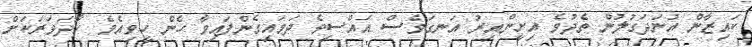
ކައިޒާން އުނަދަގުލުން ތެދުވެ އިށީންއިރު އަނގަވެސް އައްސިވެ ދަމައިގެންފައިވާ ހެން ހީވިއެވެ. ހާދަވަރަކަށް